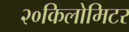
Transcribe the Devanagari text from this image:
२०किलोमिटर